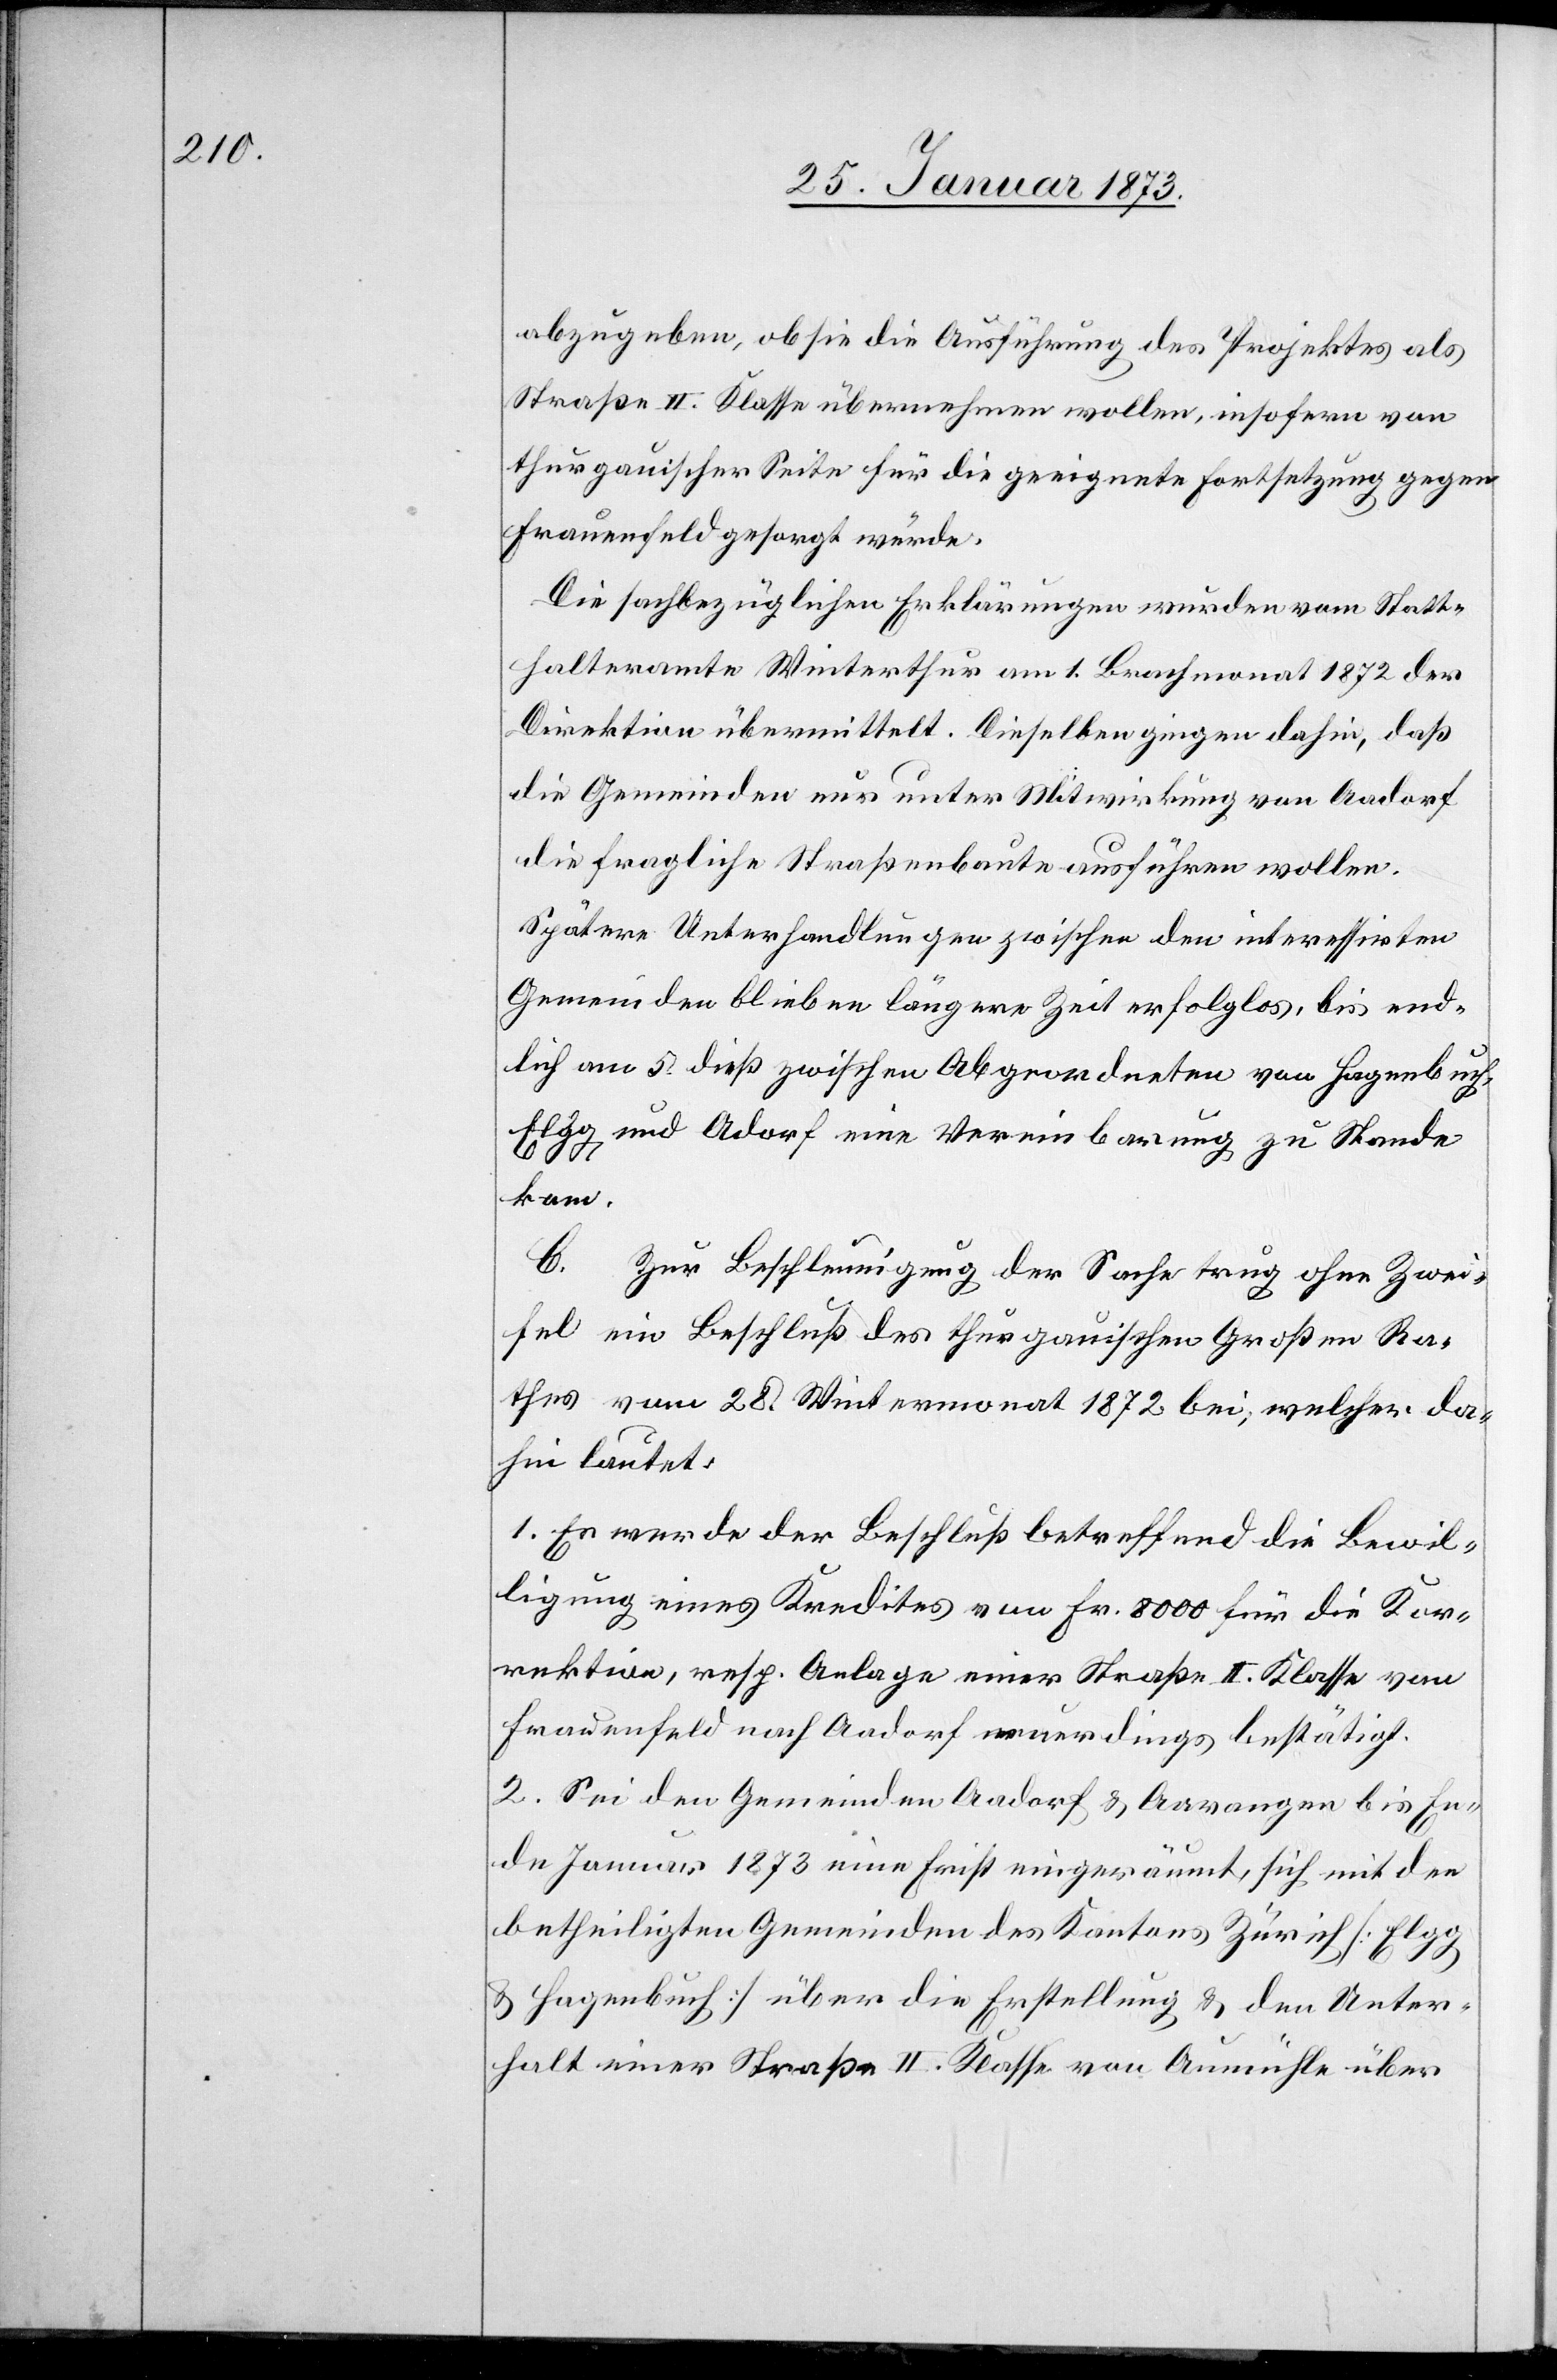
abzugeben, ob sie die Ausführung des Projektes als
Straße II. Klasse übernehmen wollen, insofern von
thurgauischer Seite für die geeignete Fortsetzung gegen
Frauenfeld gesorgt würde.
Die sachbezüglichen Erklärungen wurden vom Statt¬
halteramte Winterthur am 1. Brachmonat 1872 der
Direktion übermittelt. Dieselben gingen dahin, daß
die Gemeinden nur unter Mitwirkung von Aadorf
die fragliche Straßenbaute ausführen wollen.
Spätere Unterhandlungen zwischen den interessirten
Gemeinden blieben längere Zeit erfolglos, bis end¬
lich am 5. dieß zwischen Abgeordneten von Hagenbuch,
Elgg und Adorf [sic!] eine Vereinbarung zu Stande
kam.
C.
Zur Beschleunigung der Sache trug ohne Zwei¬
fel ein Beschluß des thurgauischen Großen Ra¬
thes vom 28. Wintermonat 1872 bei, welcher da¬
hin lautet:
1. Es werde der Beschluß betreffend die Bewil¬
ligung eines Kredites von Fr. 8000 für die Kor¬
rektion, resp. Anlage einer Straße II. Klasse von
Frauenfeld nach Aadorf neuerdings bestätigt.
2. Sei den Gemeinden Aadorf u. Aawangen bis En¬
de Januar 1873 eine Frist eingeräumt, sich mit den
betheiligten Gemeinden des Kantons Zürich [Elgg,
u. Hagenbuch] über die Erstellung u. den Unter¬
halt einer Straße II. Klasse von Aumühle über